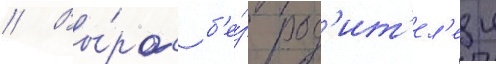
// Вы́рос б'е́з род'ит'ел'еи